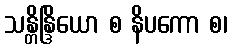
သန္တိန္ဒြိယော စ နိပကော စ၊